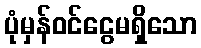
ပုံမှန်ဝင်ငွေမရှိသော